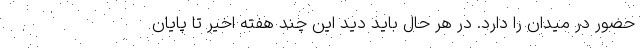
حضور در میدان را دارد. در هر حال باید دید این چند هفته اخیر تا پایان